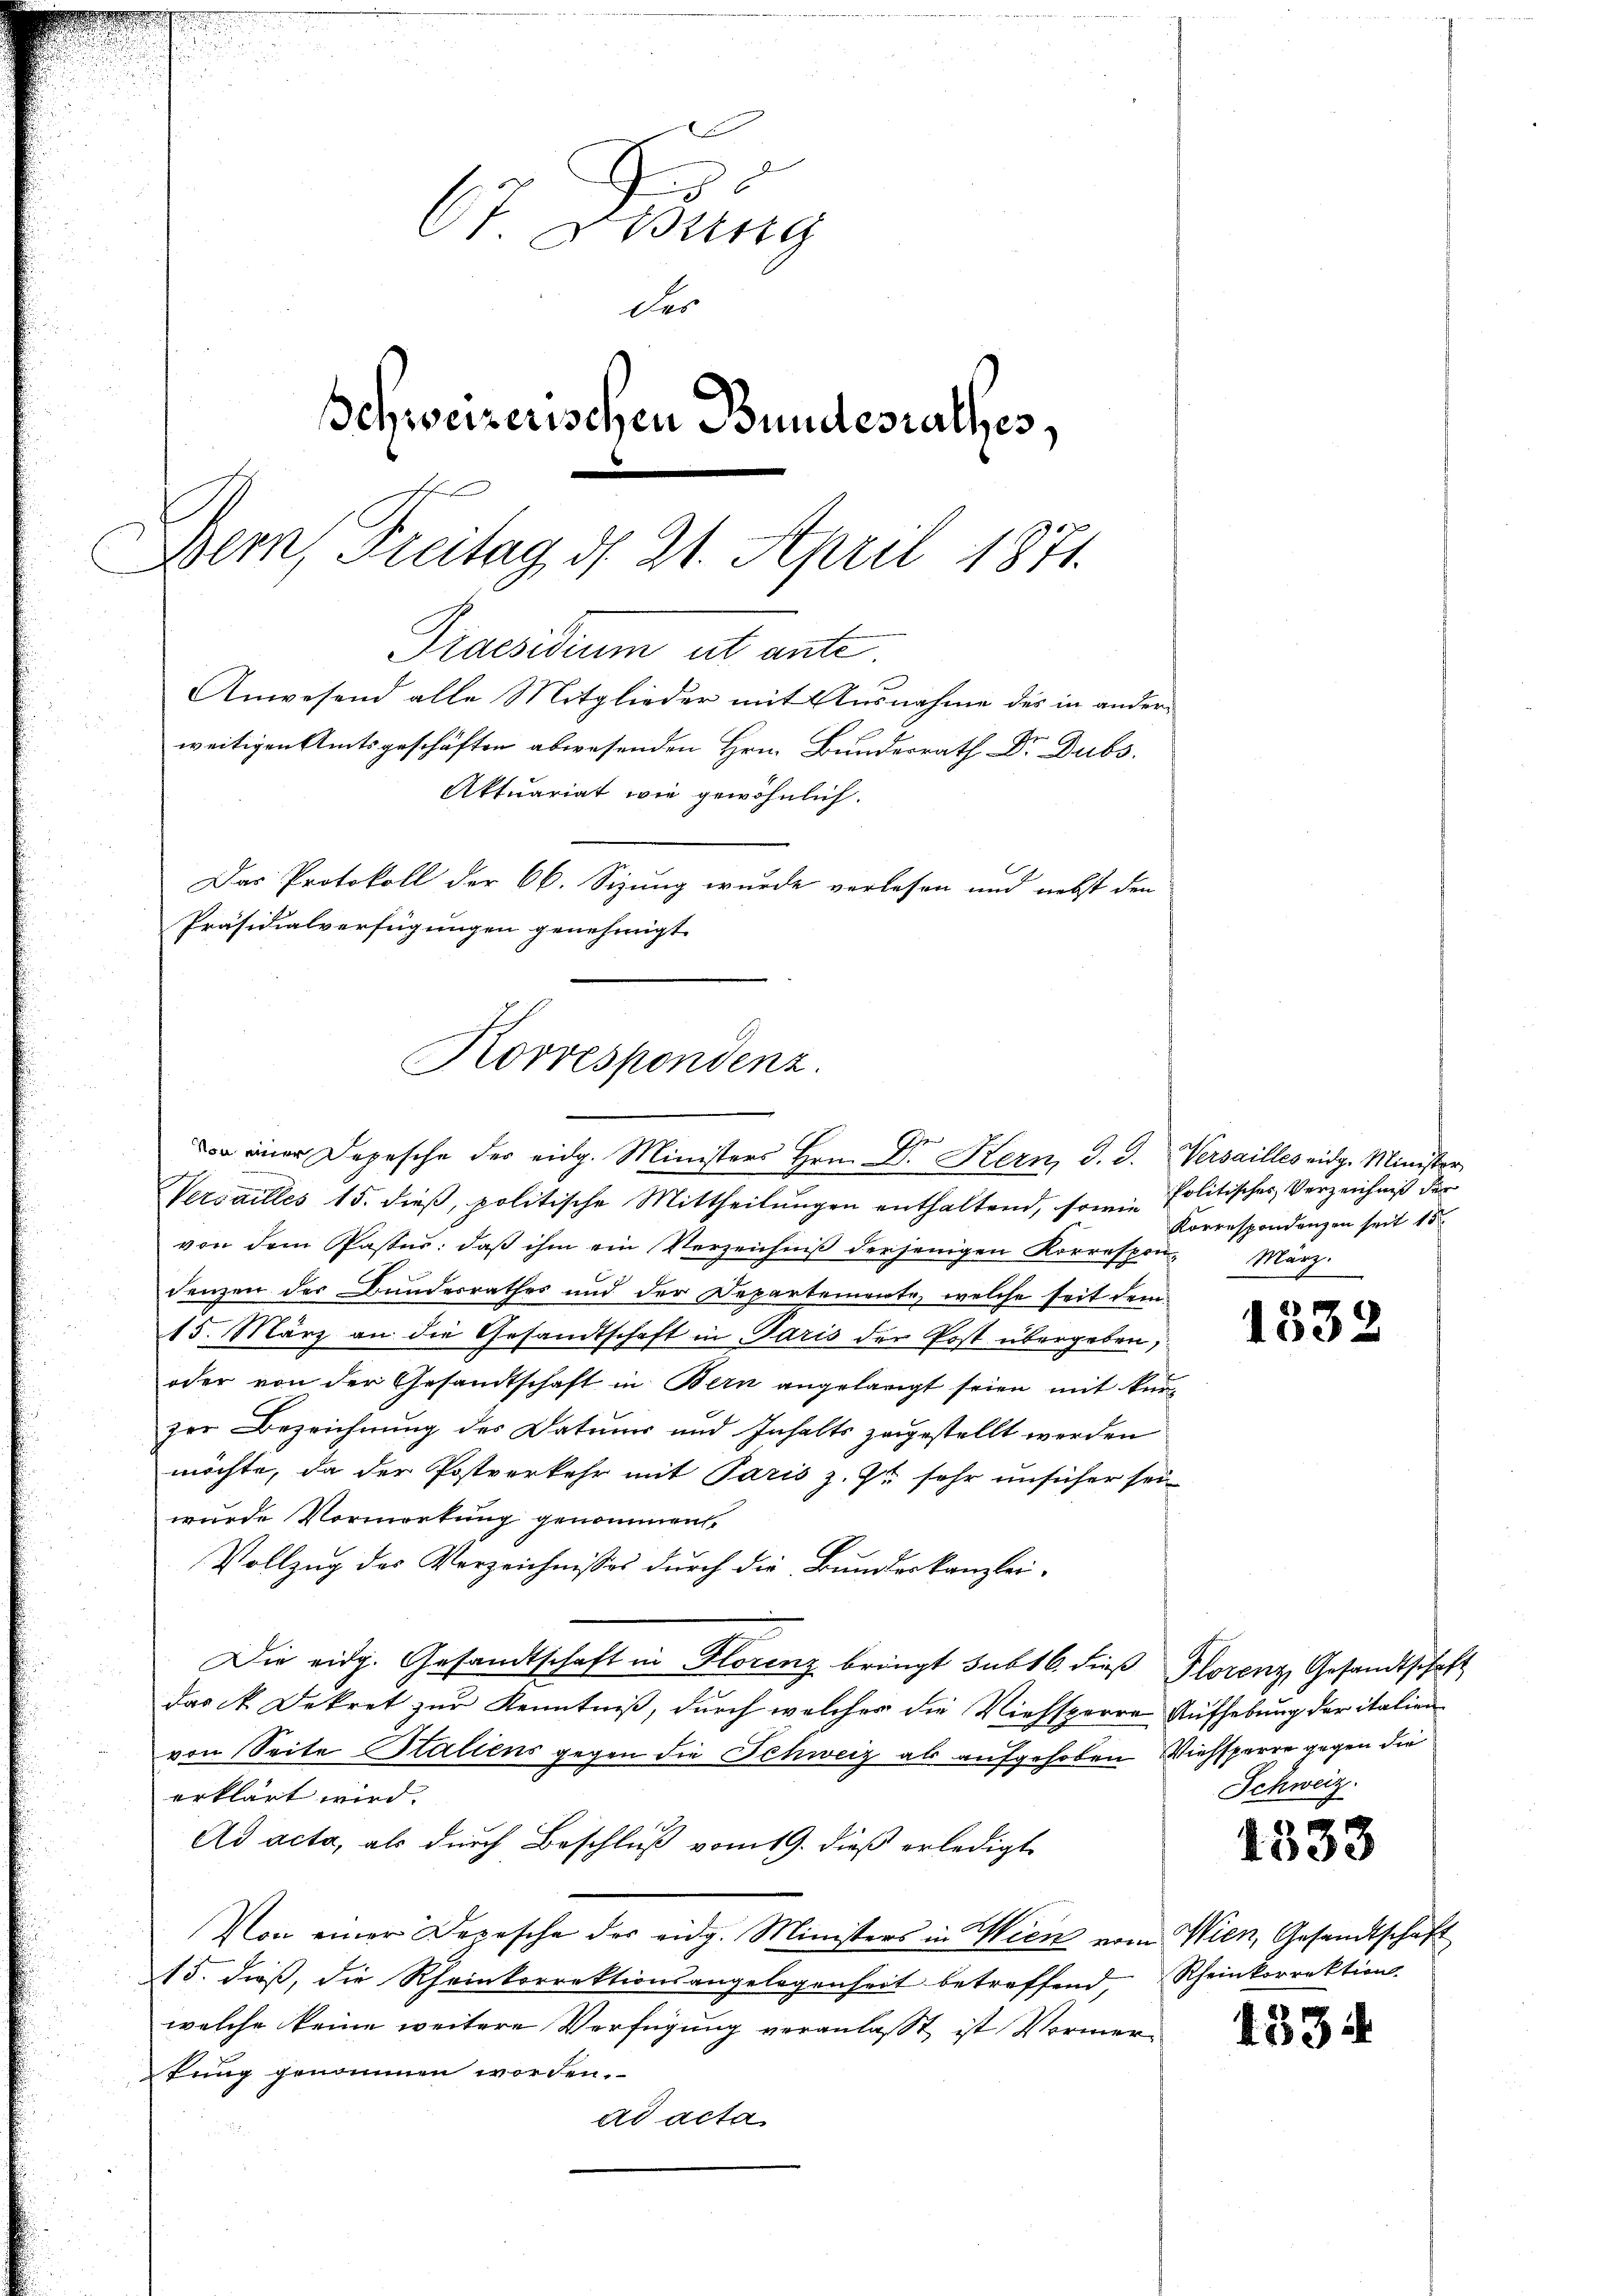
67. Denung
der
Schweizerischen Bundesrathes,
Bern, Freitag d. 21. April 1871.
i
Praesidium ut ante.
Anwesend alle Mitglieder mit Ausnahme des in ander-
weitigen Amtsgeschäften abwesenden Hrn. Bundesrath Dr. Dubs.
Aktuariat wie gewöhnlich.
Das Protokoll der 66. Sizung wurde vorlesen und nebst den
Präsidialverfügungen genehmigt.

Korrespondenz.

Vercailles 15. dieß, politische Mittheilungen enthaltend, sowie Politisches Verzeichniß der
von dem Pastes: daβ ihm ein Verzeichniβ derjenigen Korrespon- März
denzen der Bundesrathes und der Departemente, welche seit dem
15. März an die Gesandtschaft in Paris der Post übergeben,
oder von der Gesandtschaft in Bern angelangt seien mit kurzer Bezeichnung des Datums und Inhalts zugestellt werden
möchte, da der Postverkehr mit Paris z. Z. sehr unsicher sei
wurde Vormerkung genommen.
Vollzug des Verzeichnisses durch die Bundeskanzlei¬
Die eidg. Gesandtschaft in Florenz bringt sub 16. dieß Plorenz Gesandtschaft
das k. Dekret zur Kenntniß, durch welcher die Viehsperre Aufhebung der italien
von Seite Staliens gegen die Schweiz als aufgehoben Viehsperre gegen die
erklärt wird.
Ad acta, als durch Beschluß vom 19. dieß erledigt
Von einer Depesche des eidg. Ministers in Wien vom Wien, Gesandtschaft
15. dieß, die Rheinkorrektionsangelegenheit betreffend, Rheinkorrektion.
welche keine weitere Verfügung veranlasst ist Vormertung genommen worden.
ad acta

einer Depesche der eidg. Ministers Hrn. Dr. Stern, d. 3. Versailles eidg. Minister

Korrespondenzen seit 15

1332

Schweiz.

1333

1534